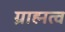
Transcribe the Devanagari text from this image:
ग्राह्मत्व